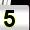
Digit: 5